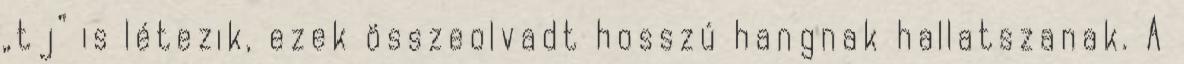
„tj” is létezik, ezek összeolvadt hosszú hangnak hallatszanak. A